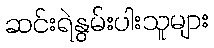
ဆင်းရဲနွမ်းပါးသူများ